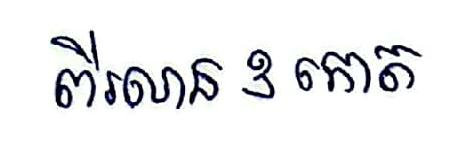
ពីរលាន 3 កោត